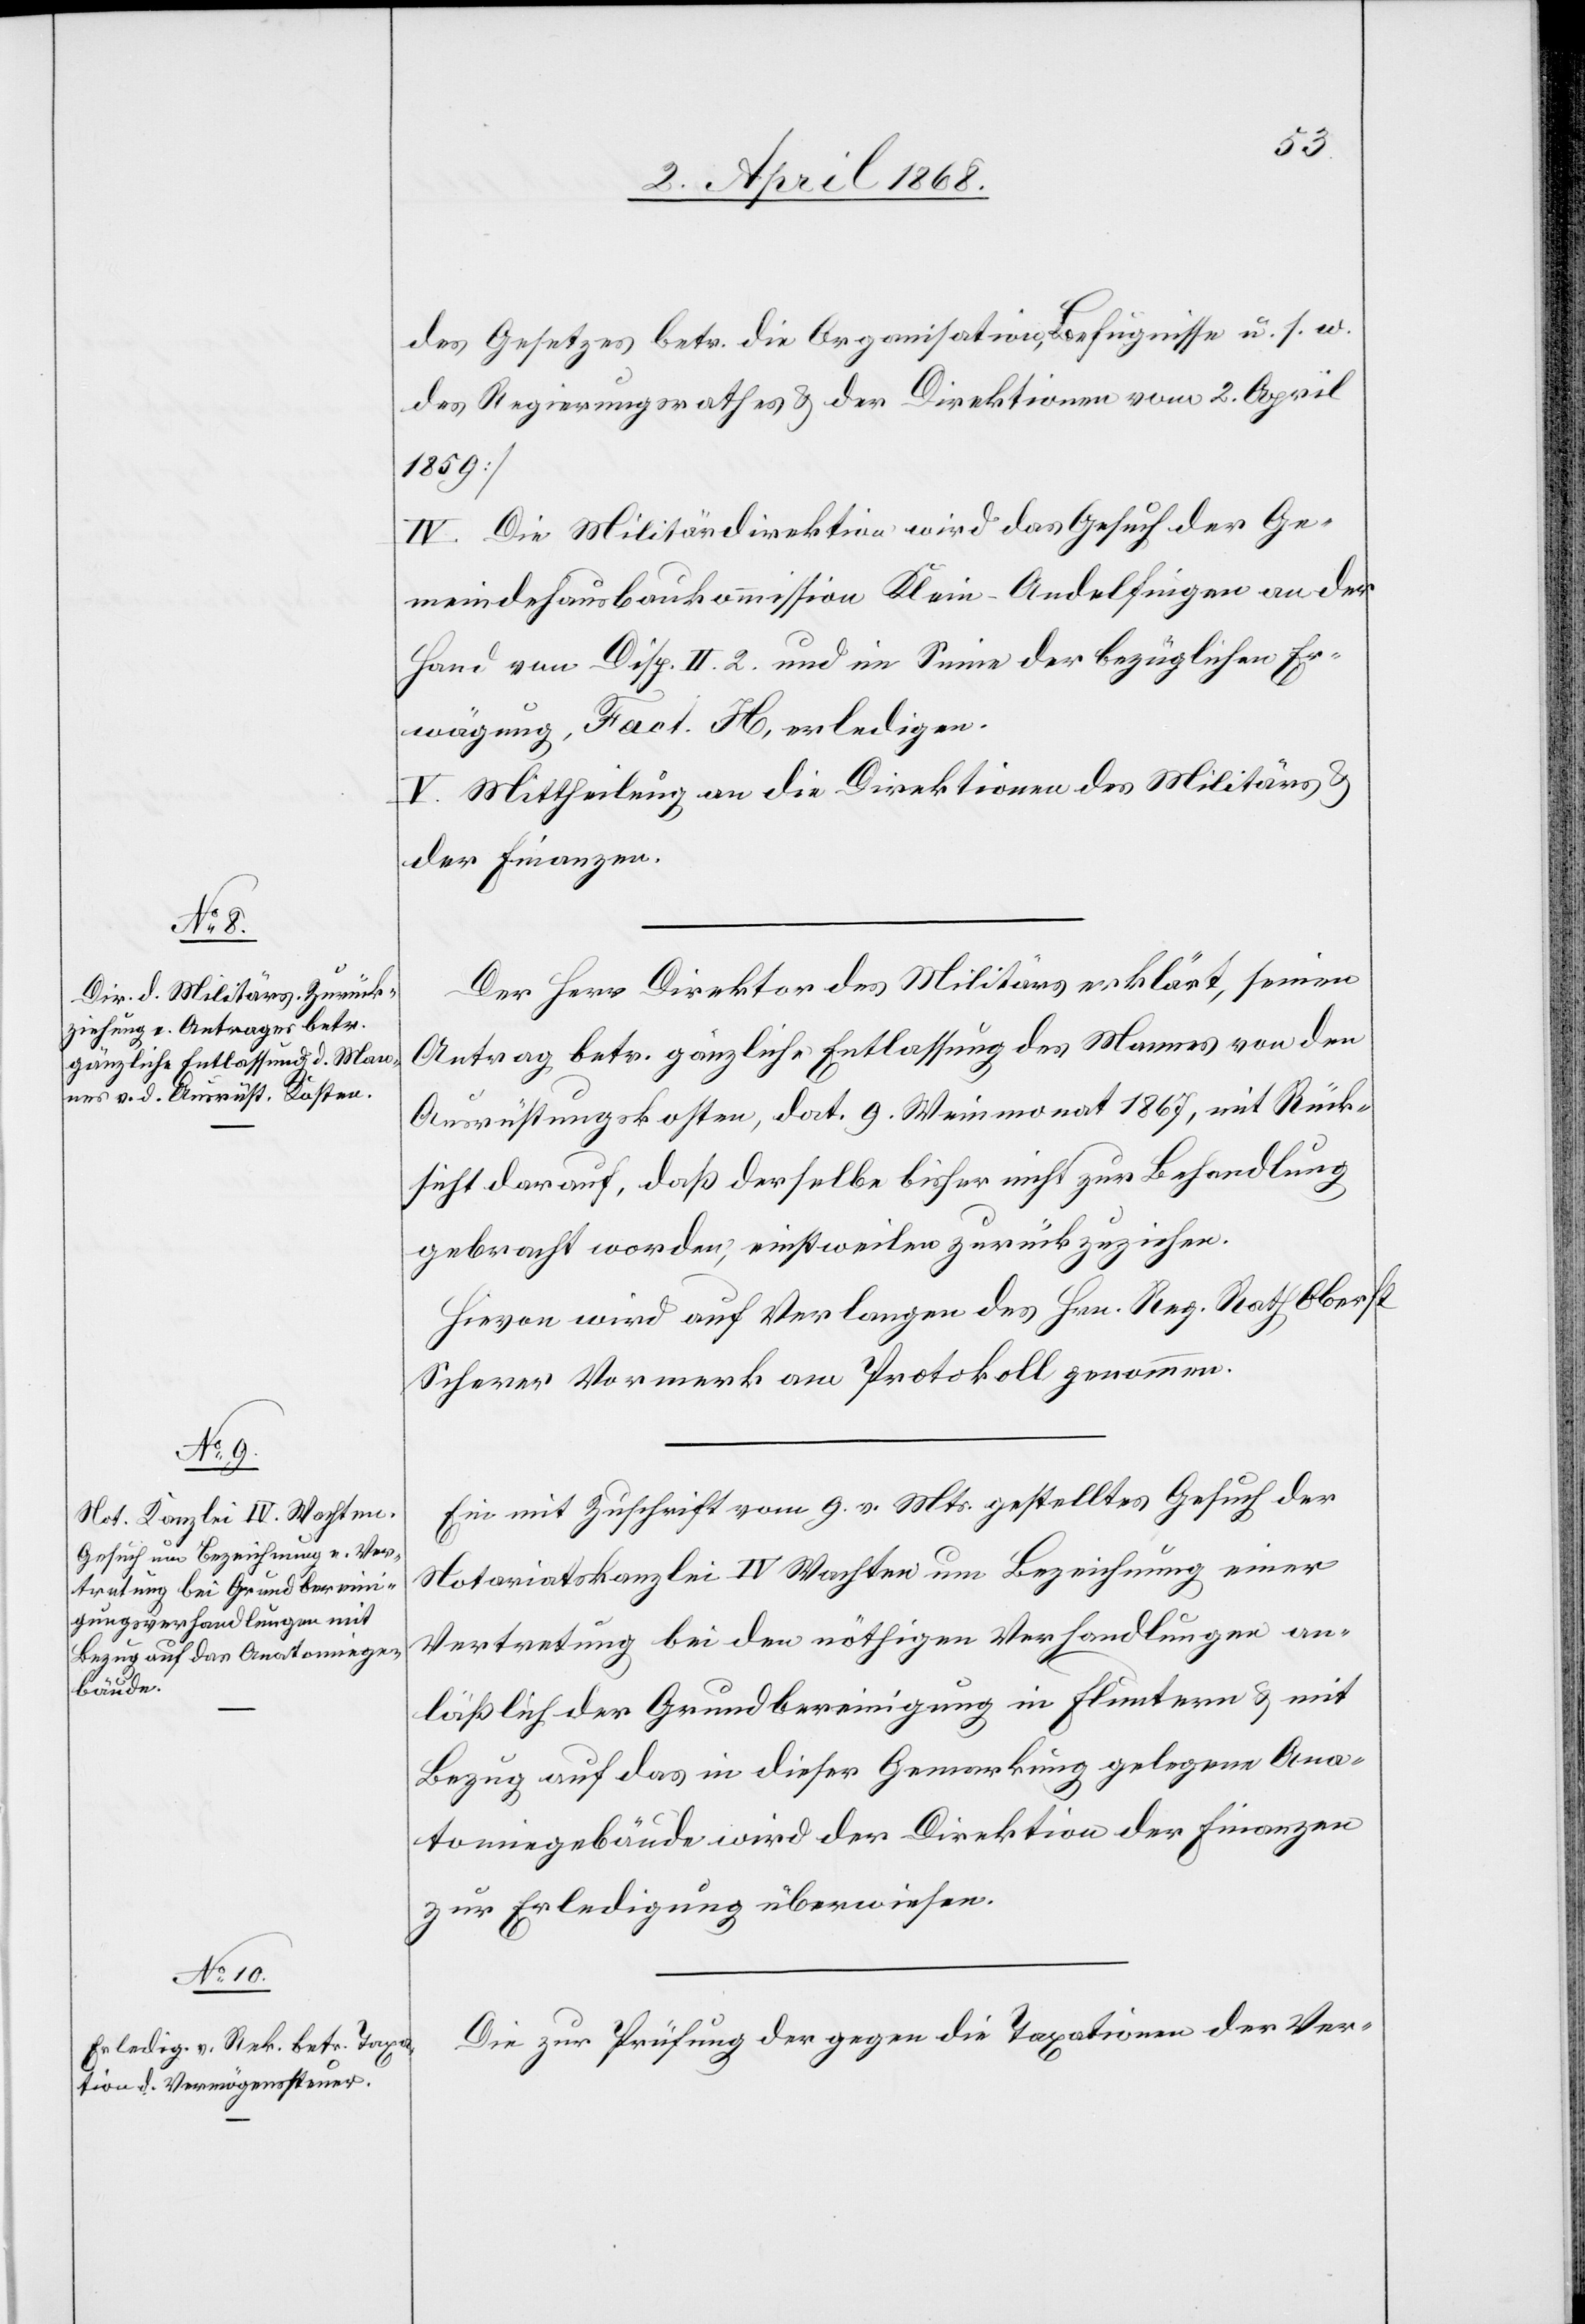
Der Herr Direktor des Militärs erklärt, seinen
Antrag betr. gänzliche Entlassung des Mannes von den
Ausrüstungskosten, dat. 9. Weinmonat 1867, mit Rück¬
sicht darauf, daß derselbe bisher nicht zur Behandlung
gebracht worden, einstweilen zurückzuziehen.
Hievon wird auf Verlangen des Hrn. Reg. Rath Oberst
Scherer Vormerk am Protokoll genommen.
Ein mit Zuschrift vom 9. v. Mts. gestelltes Gesuch der
Notariatskanzlei IV Wachten um Bezeichnung einer
Vertretung bei den nöthigen Verhandlungen an¬
läßlich der Grundbereinigung in Fluntern & mit
Bezug auf das in dieser Gemarkung gelegene Ana¬
tomiegebäude wird der Direktion der Finanzen
zur Erledigung überwiesen.
Die zur Prüfung der gegen die Taxationen der Ver-